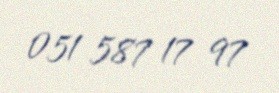
051 587 17 97